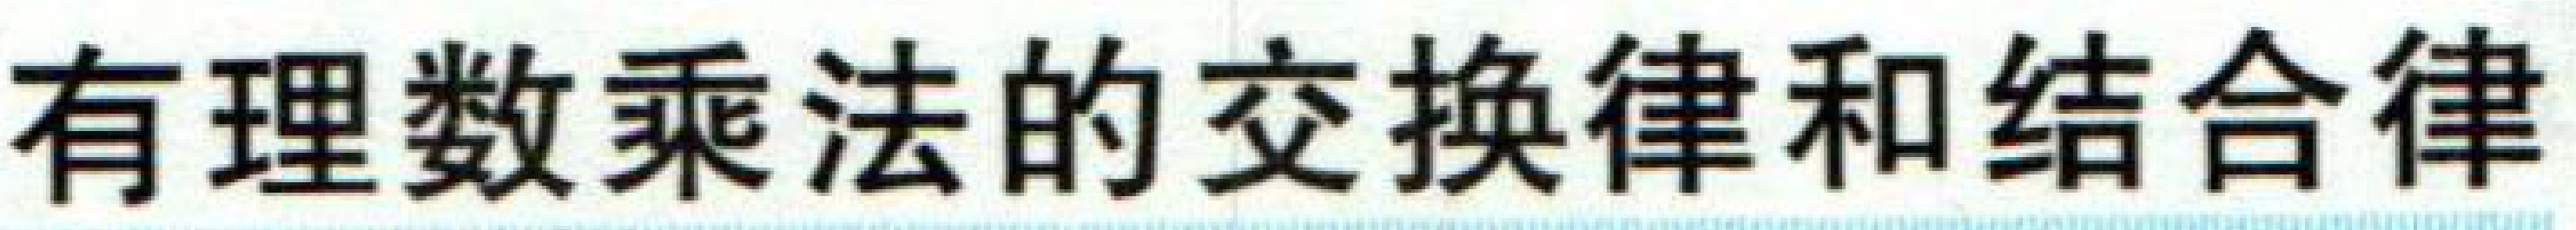
有理数乘法的交换律和结合律